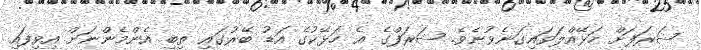
ޝަރަފަށް ހަޅޭއްލަވައިގަނެވުނެވެ. ޝަރަފްގެ އެ ހަޅޭކުގެ އަޑު ބޭރުގައި ތިބި އެންމެންނަށް އިވިފައި